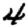
Digit: 4